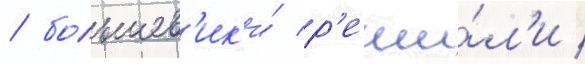
/ большев'ик'и́ р'еши́л'и /